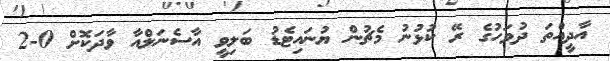
އާދީއްތަ ދުވަހުގެ ރޭ ކުޅުނު މެޗުން ޔުނައިޓެޑު ބަލިވީ އާސެނަލްއާ ވާދަކޮށް 0-2